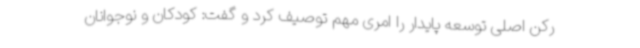
رکن اصلی توسعه پایدار را امری مهم توصیف کرد و گفت: کودکان و نوجوانان